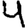
Digit: 4